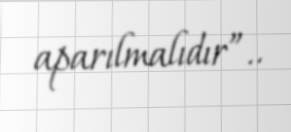
aparılmalıdır”..